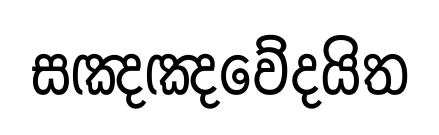
සඤඤවේදයිත